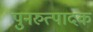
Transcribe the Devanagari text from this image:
पुनरुत्‍पादक